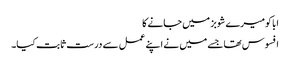
ابا کومیرے شوبز میں جانے کا
افسوس تھا جسے میں نے اپنے عمل سے درست ثابت کیا۔